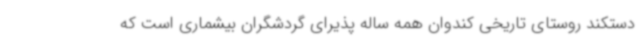
دستکند روستای تاریخی کندوان همه ساله پذیرای گردشگران بیشماری است که